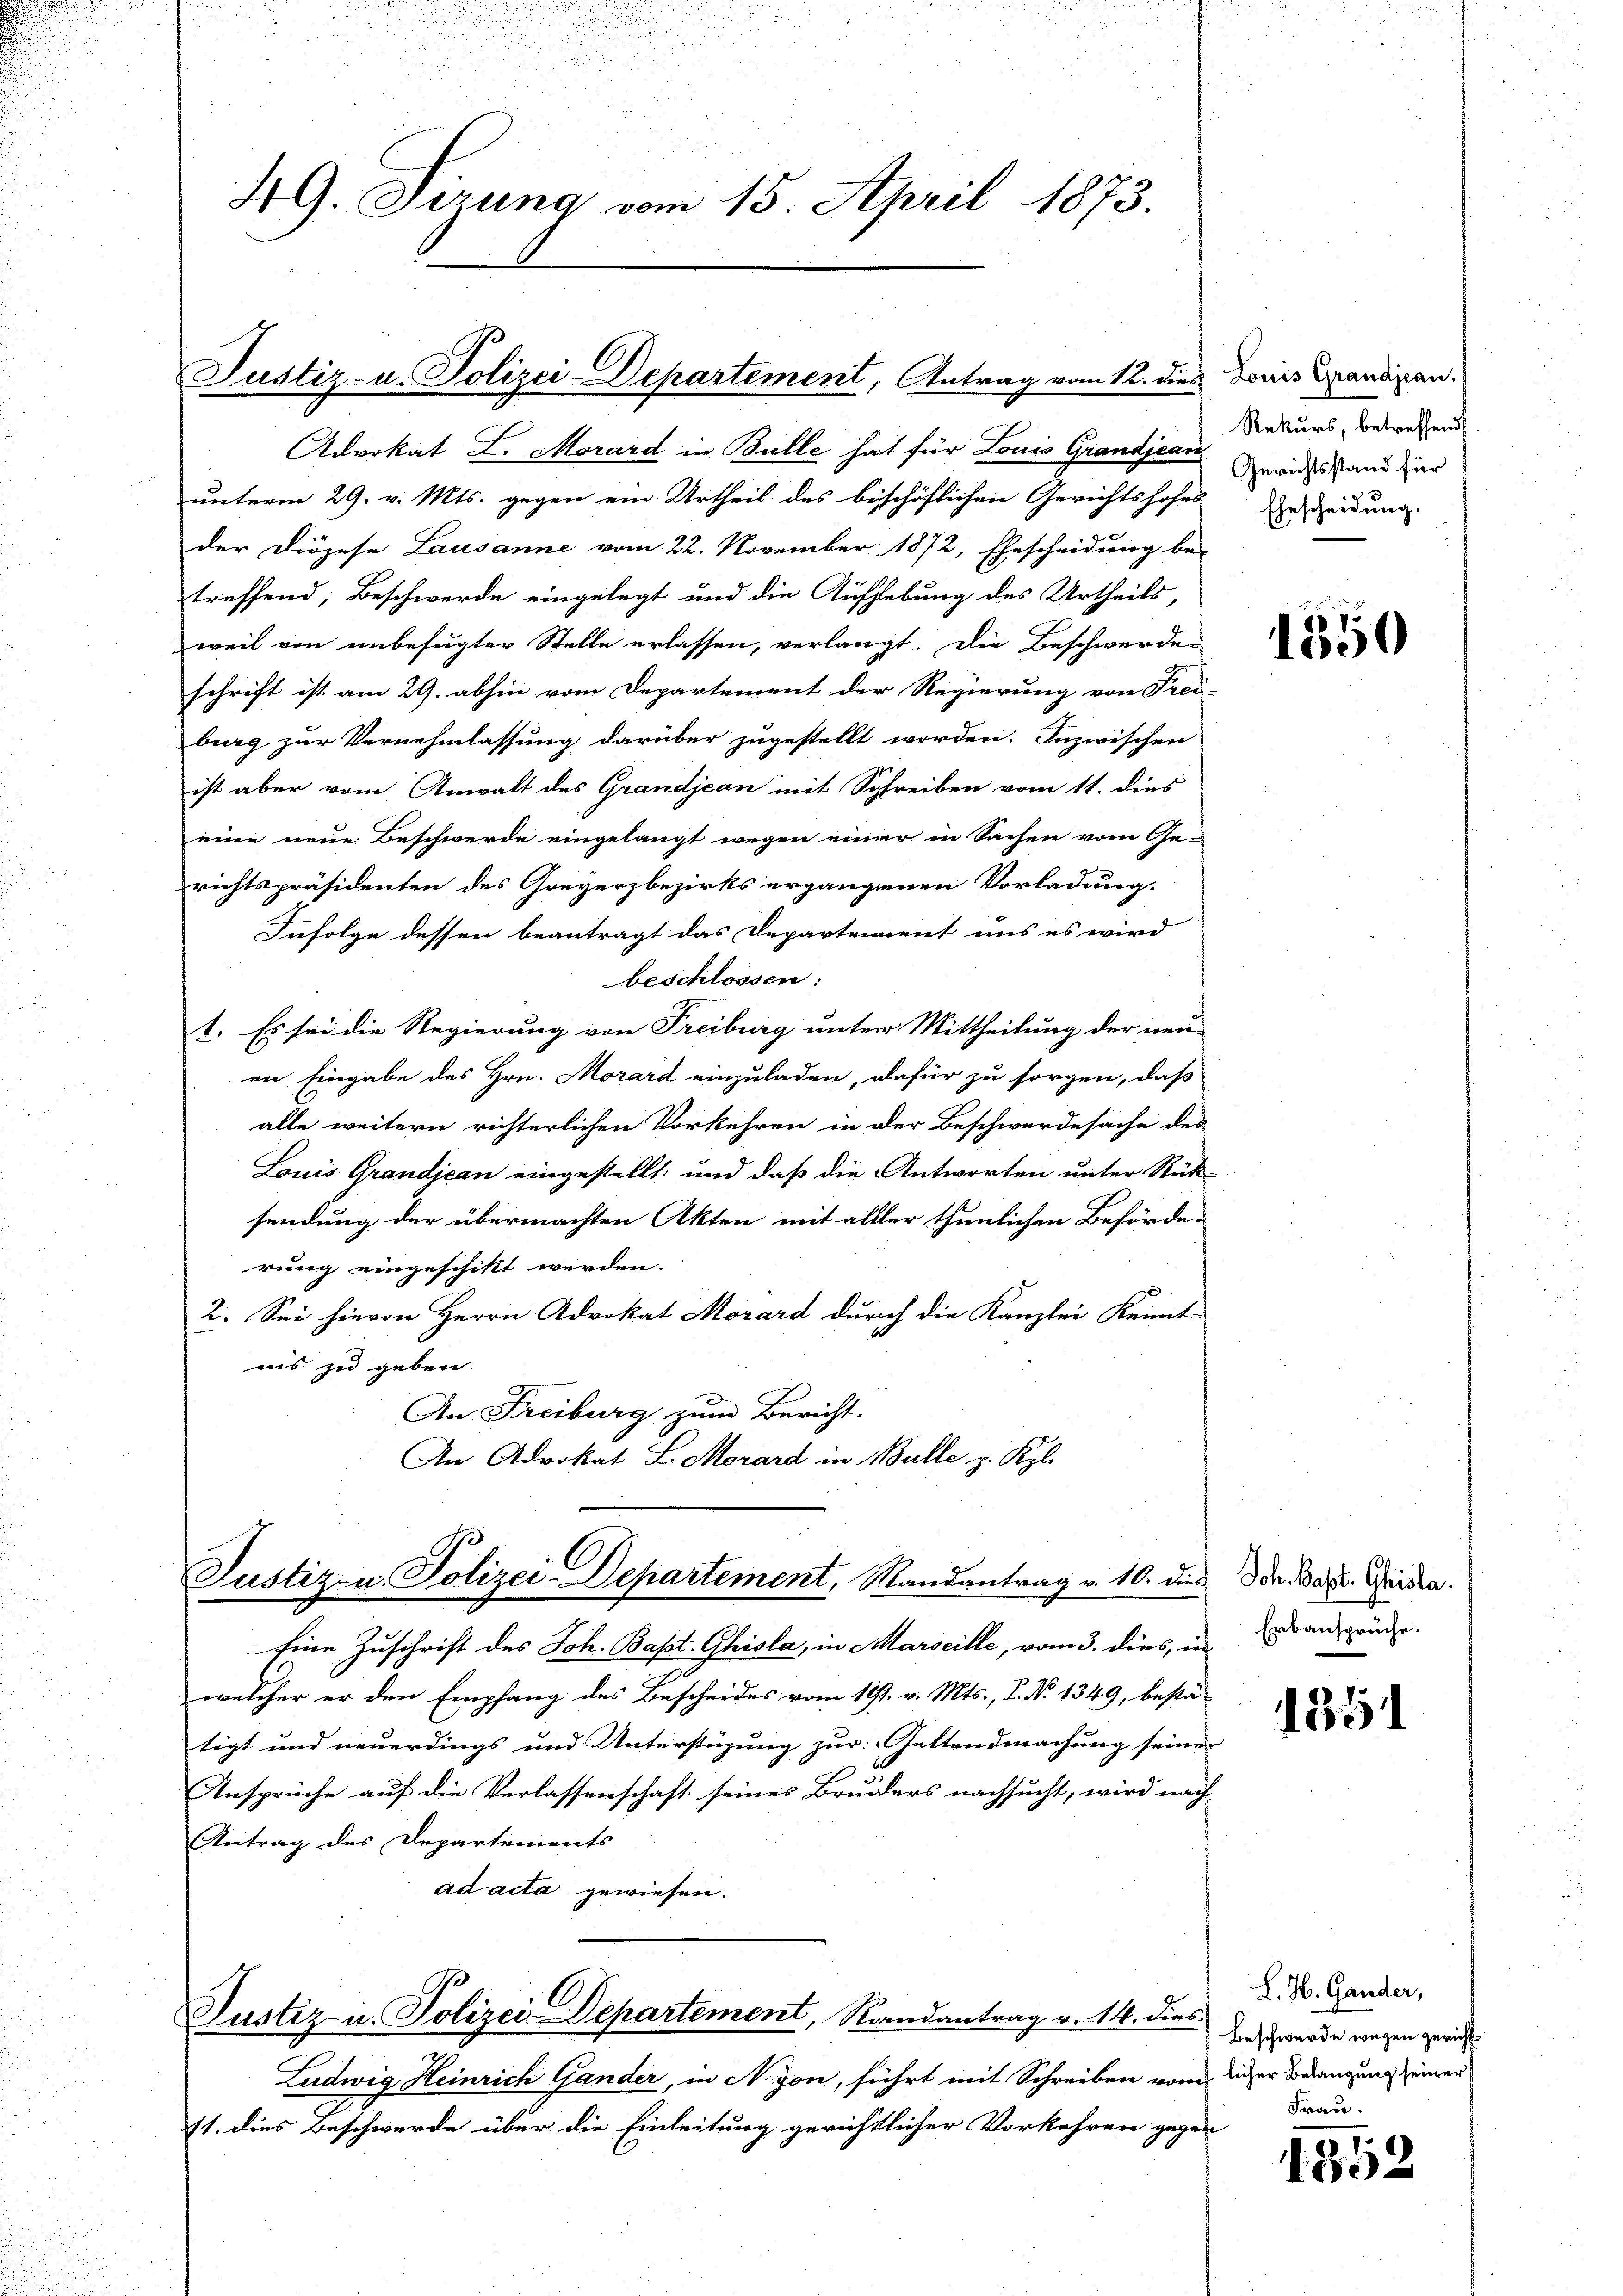
Advokat L. Morard in Bulle hat für Louis Grandjean
unterm 29. v. Mts. gegen ein Urtheil des bischöflichen Gerichtshofes
der Diözese Lausanne vom 22. November 1872, Ehescheidung be-
treffend, Beschwerde eingelegt und die Aufhebung des Urtheils,
weil von unbefugter Stelle erlassen, verlangt. Die Beschwerde-
schrift ist am 29. abhin vom Departement der Regierung von Frei-
burg zur Vernehmlassung darüber zugestellt worden. Inzwischen
ist aber vom Anwalt des Grandjean mit Schreiben vom 11. dies
eine neue Beschwerde eingelangt wegen einer in Sachen vom Ge-
richtspräsidenten des Greyerzbezirks ergangenen Vorladung.
Infolge dessen beantragt das Departement uns es wird
beschlossen:
1. Es sei die Regierung von Freiburg unter Mittheilung der neu-
en Eingabe des Hrn. Morard einzuladen, dafür zu sorgen, daß
alle weitern richterlichen Vorkehren in der Beschwerdesache des
Louis Grandjean eingestellt und daß die Antworten unter Rück-
sendung der übermachten Akten mit aller thunlichen Behörde-
rung eingeschikt werden.
2. Sei hievon Herrn Advokat Morard durch die Kanzlei Kennt-
ins zu geben.
An Freiburg zum Bericht.
An Advokat L. Morard in Bulle z. Kgl.

49. Dezung vom 15. April 1873.

Justiz- u. Polizei-Departement, Antrag vom 12. dies Doris Grandinan

Justiz- u. Polizei-Departement, Randantrag v. 10. dies

Eine Zuschrift des Joh. Bapt. Ghisla, in Marseille, vom 3. dies, in
welcher er den Empfang des Bescheides vom 127. v. Mts., P. No 1349, bestä-
tigt und neuerdings und Unterstüzung zur Geltendmachung seiner
Ansprüche auf die Verlassenschaft seines Bruders nachsucht, wird nach
Antrag des Departements
ad acta gewiesen.

Justiz- u. Polizei-Departement, Randantrag v. 14. dies werde wegen gerich¬

Ludwig Heinrich Gander, in Nyon, führt mit Schreiben vom liger Belangung seinen
11. dies Beschwerde über die Einleitung gerichtlicher Vorkehren gegen

Rekurs, betreffend
Gerichtsstand für
Ehescheidung.

1350

Joh. Bapt. Gisla.
Erbansprüche.

135

L. H. Gander,

1852